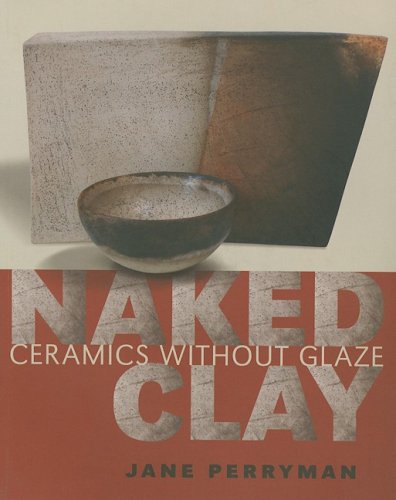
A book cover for Naked Clay: Ceramics Without Glaze; Jane Perryman; Crafts, Hobbies & Home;